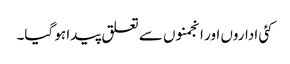
کئی اداروں اور انجمنوں سے تعلق پیدا ہو گیا۔